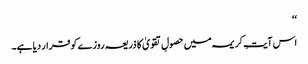
‘‘
اس آیتِ کریمہ میں حصولِ تقویٰ کا ذریعہ روزے کو قرار دیا ہے۔